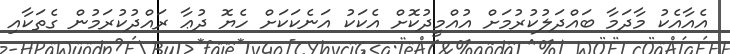
އެއާއެކު މާދަމާ ބައްދަލުކުރުމަށް އުއްމީދުކޮށް އެކަކު އަނެކަކަށް ހެޔޮ ދުޢާ ރައްދުކުރަމުން ގެތަކާއި